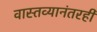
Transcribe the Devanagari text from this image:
वास्तव्यानंतरही